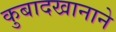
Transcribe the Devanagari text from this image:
कुबादखानाने